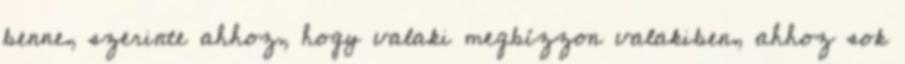
benne, szerinte ahhoz, hogy valaki megbízzon valakiben, ahhoz sok